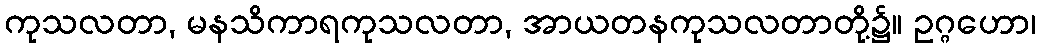
ကုသလတာ, မနသိကာရကုသလတာ, အာယတနကုသလတာတို့၌။ ဥဂ္ဂဟော၊